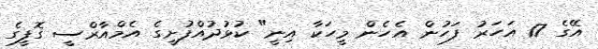
އޭގެ 17 އަހަރު ފަހުން އެހެން މީހަކާ އިނީ" ކުޅުދުއްފުށީގެ އެމްއާރްސީ ގޮފީގެ